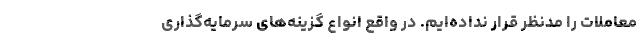
معاملات را مدنظر قرار نداده‌ایم. در واقع انواع گزینه‌های سرمایه‌گذاری